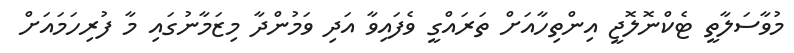
މުވާސަލާތީ ޓެކްނޮލޮޖީ އިންތިހާއަށް ތަރައްގީ ވެފައިވާ އަދި ވަމުންދާ މިޒަމާނުގައި މާ ފުރިހަމައަށް